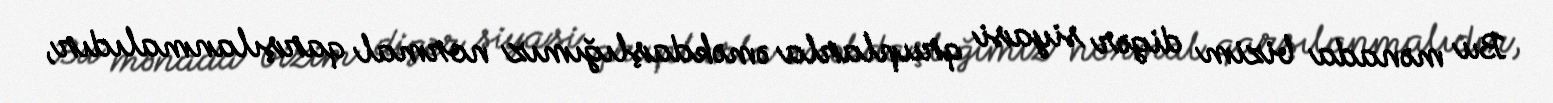
Bu mənada bizim digər siyasi qruplarla əməkdaşlığımız normal qarşılanmalıdır,